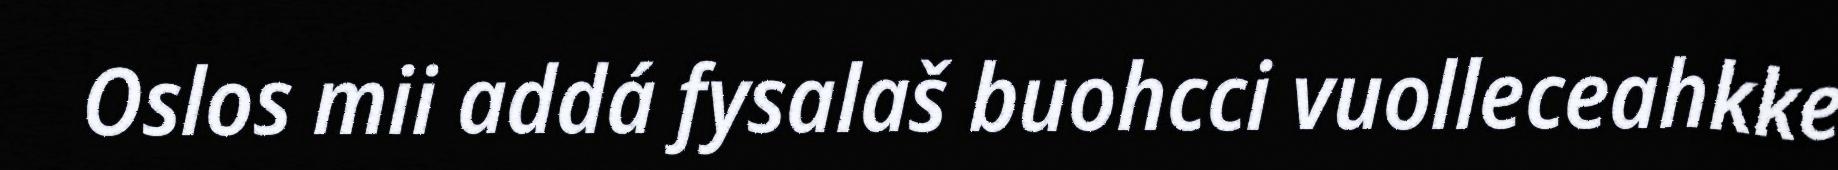
Oslos mii addá fysalaš buohcci vuolleceahkke